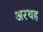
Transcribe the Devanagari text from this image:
अरथह